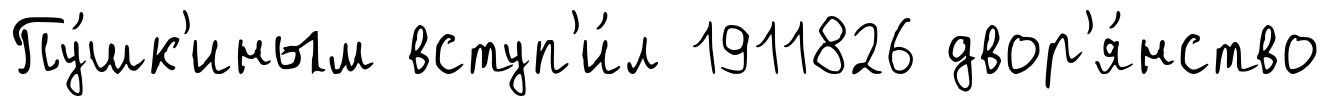
Пу́шк'иным вступ'и́л 1911826 двор'я́нство